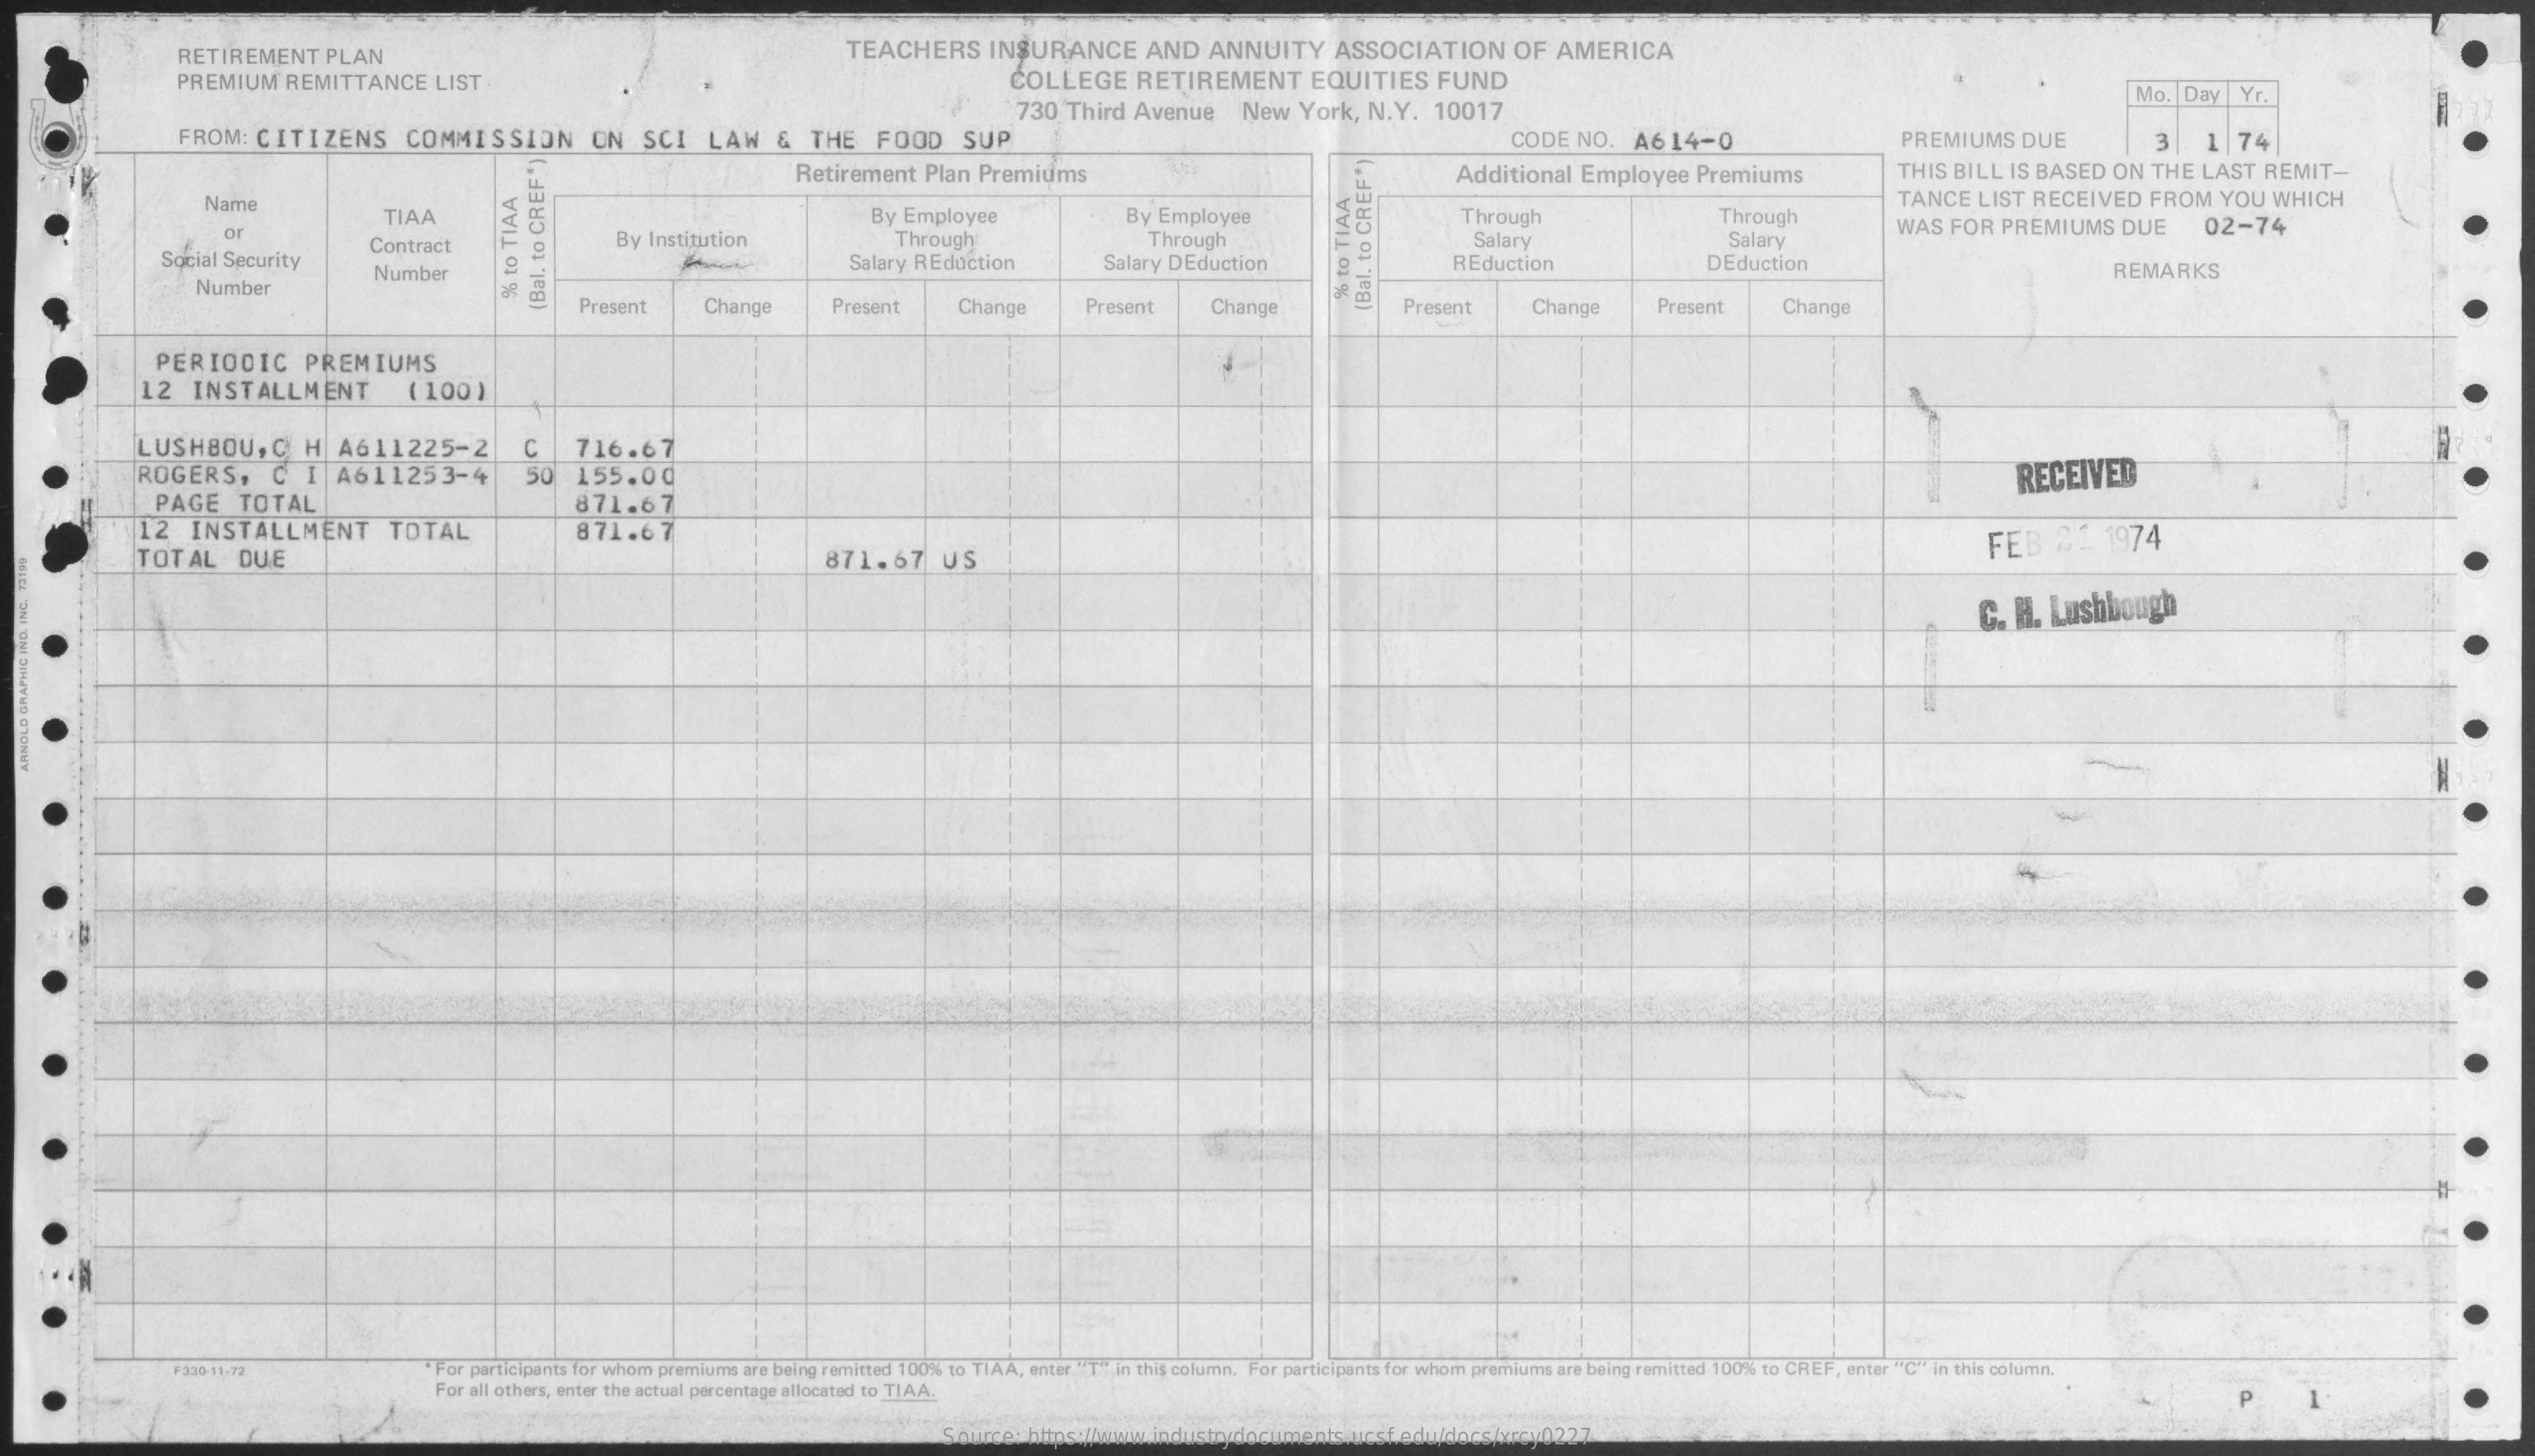
RETIREMENT   PLAN    TEACHERS    INSURANCE    AND  ANNUITY    ASSOCIATION    OF  AMERICA
     PREMIUM  REMITTANCE    LIST    COLLEGE    RETIREMENT    EQUITIES   FUND
     730 Third Avenue   New  York, N.Y.  10017
     Mo. Day  Yr.
     FROM:  CITIZENS    COMMISSION    ON   SCI   LAW   &  THE   FOOD    SUP    CODE  NO.  A614-0    PREMIUMS  DUE    3    1  74
     Retirement Plan Premiums    Additional Employee   Premiums    THIS BILL IS BASED ON THE LAST  REMIT-
     Name
     TIAA    By Employee    By Employee    Through    Through
     TANCE  LIST RECEIVED  FROM  YOU  WHICH
     or
     Contract    By Institution    Through    Through    Salary    Salary
     WAS  FOR PREMIUMS   DUE    02-74
     Social Security
     Number
     Salary REduction    Salary DEduction    REduction    DEduction    REMARKS
     Number
     Present    Change    Present    Change    Present    Change    Present    Change    Present    Change
     %
     to
     TIAA
     %
     to
     TIAA
     (Bal.
     to
     CREF*)
     (Bal.
     to
     CREF
     *)
     PERIODIC    PREMIUMS
     12   INSTALLMENT    (100)
     LUSHBOU,    C  H  A611225-2    C    716.67
     ROGERS,    C  I  A611253-4    50  155.00    RECEIVED
     PAGE   TOTAL    871.67
     12   INSTALLMENT    TOTAL    871.67    FEB   20   1974
     TOTAL    DUE    871.67    US
     C. H. Lushbough
  ARNOLD
  GRAPHIC
  IND.
  INC.
  73199
     F330-11-72    "For participants for whom premiums are being remitted 100% to TIAA, enter "T" in this column. For participants for whom premiums are being remitted 100% to CREF, enter "C" in this column.
     For all others, enter the actual percentage allocated to TIAA.
     Source: https://www.industrydocuments.ucsf.edu/docs/xrcy0227